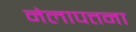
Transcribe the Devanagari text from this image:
नेलापत्तना